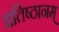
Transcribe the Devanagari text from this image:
प्रतिष्ठानम्